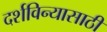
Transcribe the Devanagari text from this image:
दर्शविन्यासाठी